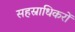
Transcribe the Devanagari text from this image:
सहस्राधिकरों